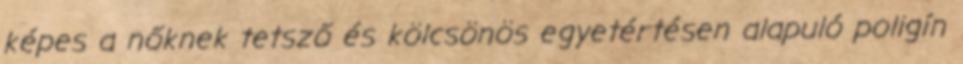
képes a nőknek tetsző és kölcsönös egyetértésen alapuló poligín